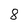
Character: 8